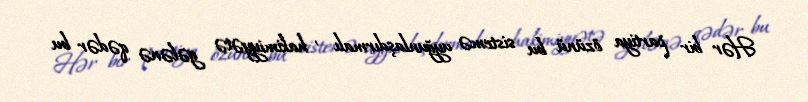
Hər bir partiya özünü bu sistemə uyğunlaşdırmalı , hakimiyyətə gələnə qədər bu